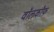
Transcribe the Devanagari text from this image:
वॉलकॉफ़